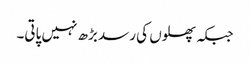
جبکہ پھلوں کی رسد بڑھ نہیں پاتی۔